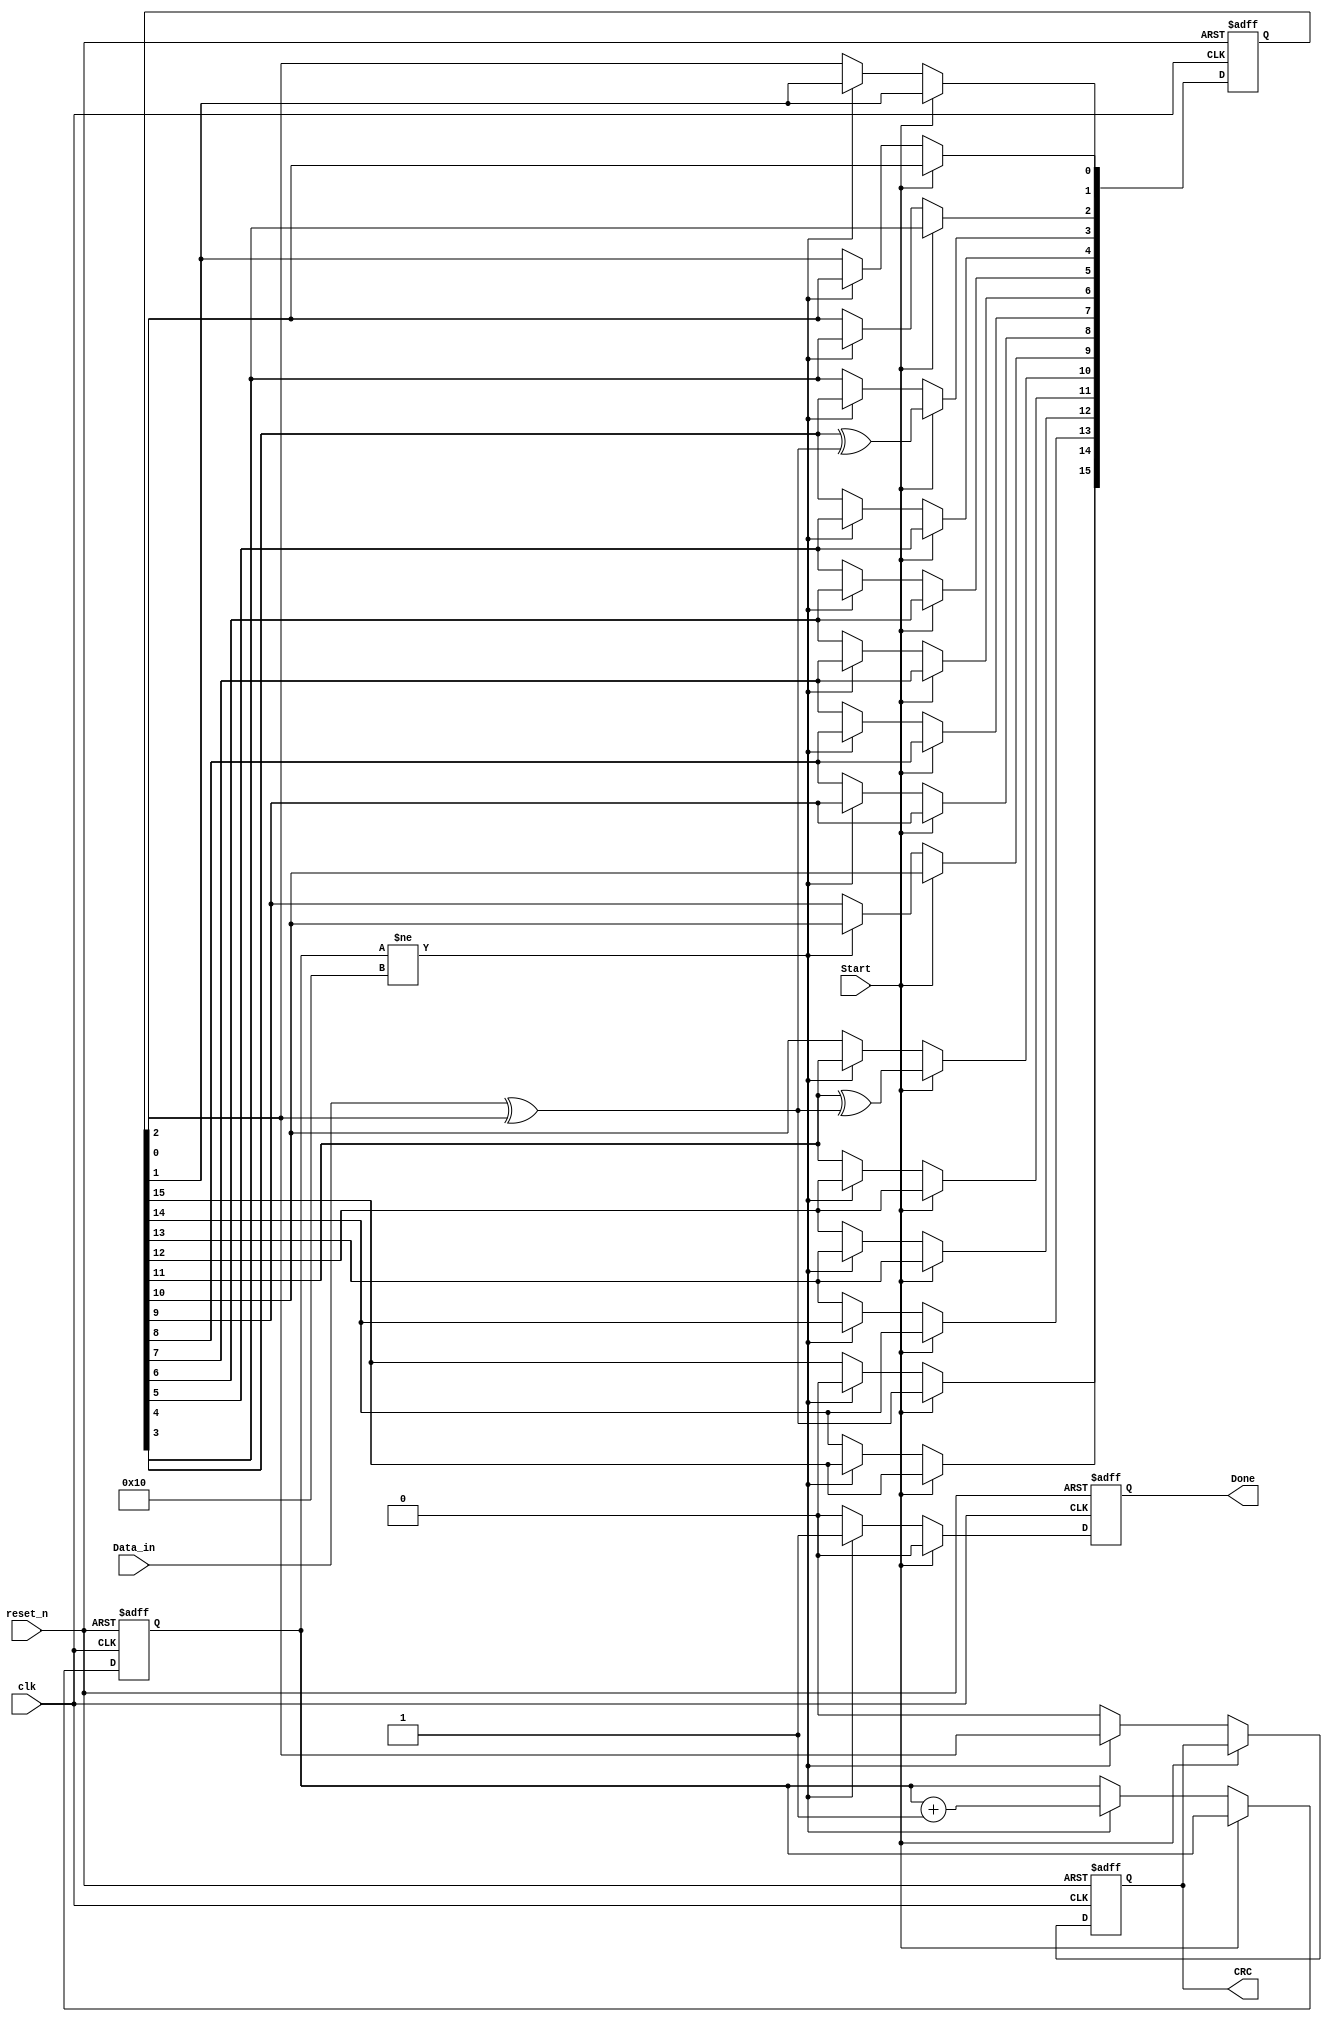
// ************************************* CRC-16 Module **************************************  


module CRC_16 #(

	parameter Remainder_Width = 16									// Width of the Remainder Register

)(

// Input Ports
	input 	clk,													// Input Clock Signal with Freq. = 32 MHZ
	input	reset_n,												// Asynchronous Active-Low Reset Signal
	input	Data_in,												// Input Data 
	input	Start,													// Start receiving data
	
// Output Ports 	
	output	reg CRC,												// CRC Result
	output  reg Done												// Indicates that the CRC Calculations are done

);


// Internal Registers and signals 
	reg  [Remainder_Width - 1 :0] R;								// Remainder Register 
	reg  [4:0] 					  counter;							// Counter to count the number of data bits 
	wire       					  Feedback;							// Feedback signal
	
	
	
	
//////////////////////////	
///// Feedback Logic /////
//////////////////////////
	assign Feedback = Data_in ^ R[0];
	
	
	
	
//////////////////////////////////////////	
///// Behaviral Modelling of the CRC /////
//////////////////////////////////////////
	always @(posedge clk or negedge reset_n)
	begin
	
		if (!reset_n)												// Check if the reset signal is active to reset the design
		begin
		
			CRC     <= 1'b0;
			Done    <= 1'b0;
			R       <= 16'b0;
			counter <= 5'b00000;
		end
	
		else 
		begin
		
			if (Start)												// Start Recieve the data and register it inside the remainder register
			begin
			
				R[0]  <= R[1];
				R[1]  <= R[2];
				R[2]  <= R[3];
				R[3]  <= R[4] ^ Feedback;
				R[4]  <= R[5];
				R[5]  <= R[6];
				R[6]  <= R[7];
				R[7]  <= R[8];
				R[8]  <= R[9];
				R[9]  <= R[10];
				R[10] <= R[11] ^ Feedback;
				R[11] <= R[12];
				R[12] <= R[13];
				R[13] <= R[14];
				R[14] <= R[15];
				R[15] <= Feedback;
				
				Done <= 1'b0;
				
			end
		
			else if (counter != 5'b10000)							// Check if all of data is registerd inside the remainder or not 
			begin
				
				counter <= counter + 1'b1;
				
				CRC   <= R[0];
				R[0]  <= R[1];
				R[1]  <= R[2];
				R[2]  <= R[3];
				R[3]  <= R[4];
				R[4]  <= R[5];
				R[5]  <= R[6];
				R[6]  <= R[7];
				R[7]  <= R[8];
				R[8]  <= R[9];
				R[9]  <= R[10];
				R[10] <= R[11];
				R[11] <= R[12];
				R[12] <= R[13];
				R[13] <= R[14];
				R[14] <= R[15];
				R[15] <= 1'b0;
			
				Done <= 1'b1;
			
			end
			
			else
			begin
		
				CRC  <= 1'b0;
				Done <= 1'b0;
				
			end
			
		end
	
	end
	
endmodule